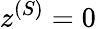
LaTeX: z^{(S)}=0